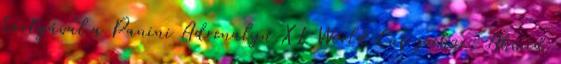
kártyával a Panini Adrenalyn XL World Cup sorhoz: Ahmed